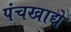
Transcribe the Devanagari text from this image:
पंचखाद्ये